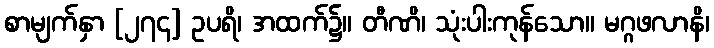
စာမျက်နှာ [၂၇၄] ဥပရိ၊ အထက်၌။ တီဏိ၊ သုံးပါးကုန်သော။ မဂ္ဂဖလာနိ၊